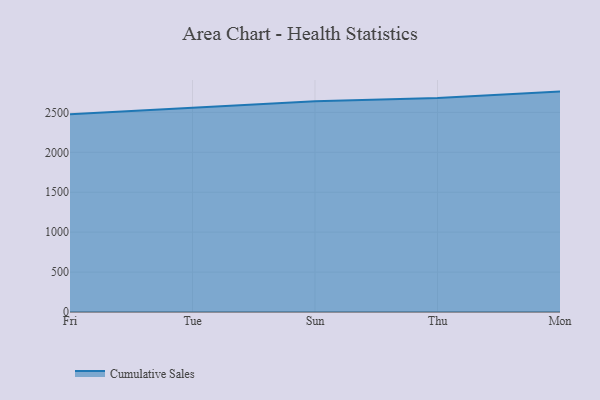
{"axis": {"x": "Day", "y": "Net Income (USD K)"}, "legend": ["Cumulative Sales"], "data": [{"x": "Fri", "y": 2478.0, "type": "Cumulative Sales"}, {"x": "Tue", "y": 2558.1, "type": "Cumulative Sales"}, {"x": "Sun", "y": 2641.5, "type": "Cumulative Sales"}, {"x": "Thu", "y": 2680.8, "type": "Cumulative Sales"}, {"x": "Mon", "y": 2760.9, "type": "Cumulative Sales"}]}